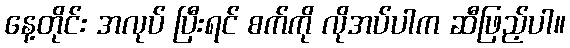
နေ့တိုင်း အလုပ် ပြီးရင် စက်ကို လိုအပ်ပါက ဆီဖြည့်ပါ။